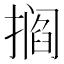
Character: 𫾁